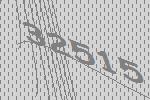
32515